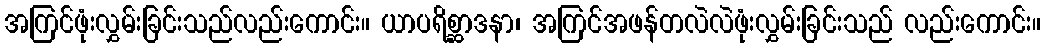
အကြင်ဖုံးလွှမ်းခြင်းသည်လည်းကောင်း။ ယာပရိစ္ဆာဒနာ၊ အကြင်အဖန်တလဲလဲဖုံးလွှမ်းခြင်းသည် လည်းကောင်း။